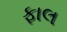
ફાલ